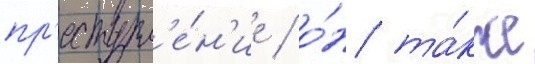
пр'еступл'е́н'ие / о́н та́кже